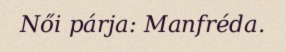
Női párja: Manfréda.